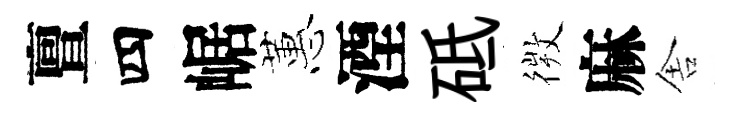
亶四崌蕙湮砥𢕄麻舎